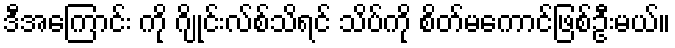
ဒီအကြောင်း ကို ဂျိုင်းလ်စ်သိရင် သိပ်ကို စိတ်မကောင်ဖြစ်ဦးမယ်။